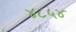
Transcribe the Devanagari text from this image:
४८५४